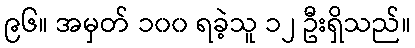
၉၆။ အမှတ် ၁၀၀ ရခဲ့သူ ၁၂ ဦးရှိသည်။